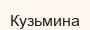
Кузьмина